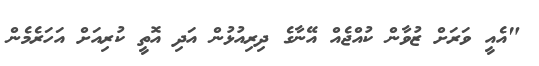
"އެއީ ވަރަށް ޒުވާން ކުއްޖެއް އޭނާގެ ދިރިއުޅުން އަދި އޮތީ ކުރިއަށް އަހަރެމެން